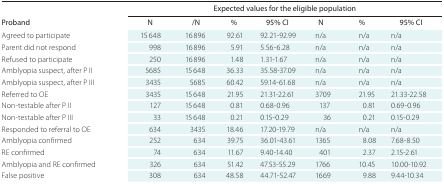
| <COLSPAN=6>  | <COLSPAN=3> Expected values for the eligible population |
 | --- | --- | --- | --- | --- | --- | --- | --- | --- |
 | Proband | N | /N | % | 95% CI | <COLSPAN=2> N | % | 95% CI |
 | Agreed to participate | 15 648 | 16 896 | 92.61 | 92.21-92.99 | <COLSPAN=2> n/a | n/a | n/a |
 | Parent did not respond | 998 | 16 896 | 5.91 | 5.56-6.28 | <COLSPAN=2> n/a | n/a | n/a |
 | Refused to participate | 250 | 16 896 | 1.48 | 1.31-1.67 | <COLSPAN=2> n/a | n/a | n/a |
 | Amblyopia suspect, after P II | 5685 | 15 648 | 36.33 | 35.58-37.09 | <COLSPAN=2> n/a | n/a | n/a |
 | Amblyopia suspect, after P III | 3435 | 5685 | 60.42 | 59.14-61.68 | <COLSPAN=2> n/a | n/a | n/a |
 | Referred to OE | 3435 | 15 648 | 21.95 | 21.31-22.61 | <COLSPAN=2> 3,709 | 21.95 | 21.33-22.58 |
 | Non-testable after P II | 127 | 15 648 | 0.81 | 0.68-0.96 | <COLSPAN=2> 137 | 0.81 | 0.69-0.96 |
 | Non-testable after P III | 33 | 15 648 | 0.21 | 0.15-0.29 | <COLSPAN=2> 36 | 0.21 | 0.15-0.29 |
 | Responded to referral to OE | 634 | 3435 | 18.46 | 17.20-19.79 | <COLSPAN=2> n/a | n/a | n/a |
 | Amblyopia confirmed | 252 | 634 | 39.75 | 36.01-43.61 | <COLSPAN=2> 1,365 | 8.08 | 7.68-8.50 |
 | RE confirmed | 74 | 634 | 11.67 | 9.40-14.40 | <COLSPAN=2> 401 | 2.37 | 2.15-2.61 |
 | Amblyopia and RE confirmed | 326 | 634 | 51.42 | 47.53-55.29 | <COLSPAN=2> 1,766 | 10.45 | 10.00-10.92 |
 | False positive | 308 | 634 | 48.58 | 44.71-52.47 | <COLSPAN=2> 1,669 | 9.88 | 9.44-10.34 |